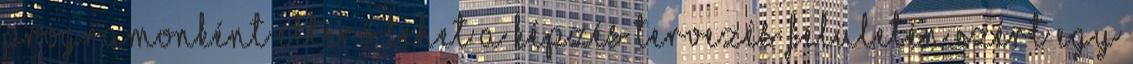
programonként eltérő lehet A képzés tervezés felületén ezért egy